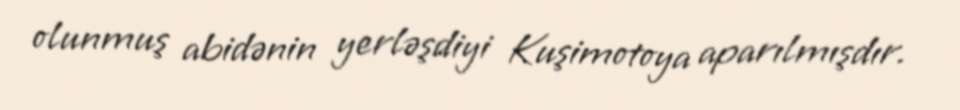
olunmuş abidənin yerləşdiyi Kuşimotoya aparılmışdır.